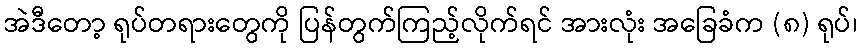
အဲဒီတော့ ရုပ်တရားတွေကို ပြန်တွက်ကြည့်လိုက်ရင် အားလုံး အခြေခံက (၈) ရုပ်၊